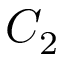
C _ { 2 }